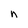
Character: n